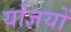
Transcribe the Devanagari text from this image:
यज्ञियों